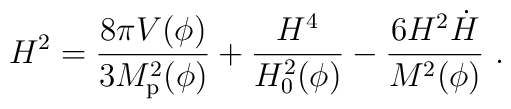
H^2 = {8\pi V(\phi)\over3M_{\rm p}^2(\phi)}+ {H^4\over H_0^2(\phi)} - {6H^2\dot H\over M^2(\phi)}\ .